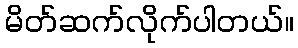
မိတ်ဆက်လိုက်ပါတယ်။